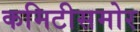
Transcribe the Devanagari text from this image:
कमिटीसमोर